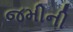
જમીની